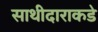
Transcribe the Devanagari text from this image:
साथीदाराकडे